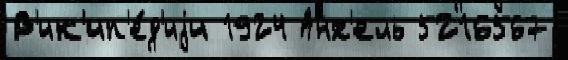
В'ик'ип'е́д'иjи 1924 Анх'ель 5216567